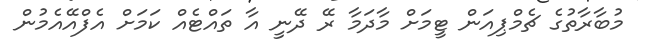
މުބާރާތުގެ ޗެމްޕިއަން ޓީމަށް މާދަމާ ރޭ ދޭނީ އާ ތައްޓެއް ކަމަށް އެފްއޭއެމުން